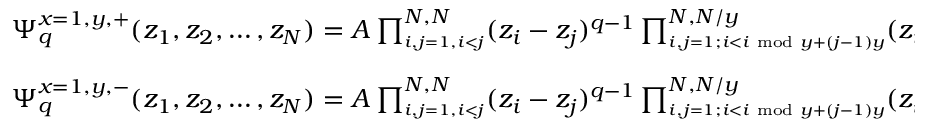
\begin{array} { l } { \Psi _ { q } ^ { x = 1 , y , + } ( z _ { 1 } , z _ { 2 } , \dots , z _ { N } ) = A \prod _ { \scriptscriptstyle { i , j = 1 , i < j } } ^ { N , N } ( z _ { i } - z _ { j } ) ^ { q - 1 } \prod _ { \scriptscriptstyle { i , j = 1 ; i < i \; \operatorname { m o d } \; y + ( j - 1 ) y } } ^ { N , N / y } ( z _ { i } - z _ { \scriptscriptstyle { i \; \operatorname { m o d } \; y + ( j - 1 ) y } } ) e ^ { - \sum _ { i } ^ { N } \frac { | z _ { i } | ^ { 2 } } { 4 l _ { B } ^ { 2 } } } , } \\ { \Psi _ { q } ^ { x = 1 , y , - } ( z _ { 1 } , z _ { 2 } , \dots , z _ { N } ) = A \prod _ { \scriptscriptstyle { i , j = 1 , i < j } } ^ { N , N } ( z _ { i } - z _ { j } ) ^ { q - 1 } \prod _ { \scriptscriptstyle { i , j = 1 ; i < i \; \operatorname { m o d } \; y + ( j - 1 ) y } } ^ { N , N / y } ( z _ { \scriptscriptstyle { i \; \operatorname { m o d } \; y + ( j - 1 ) y } } - z _ { i } ) e ^ { - \sum _ { i } ^ { N } \frac { | z _ { i } | ^ { 2 } } { 4 l _ { B } ^ { 2 } } } . } \end{array}